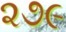
૨૭૯